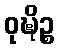
ဝုဍ္ဎိဉ္စ